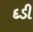
દડી